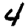
Digit: 4